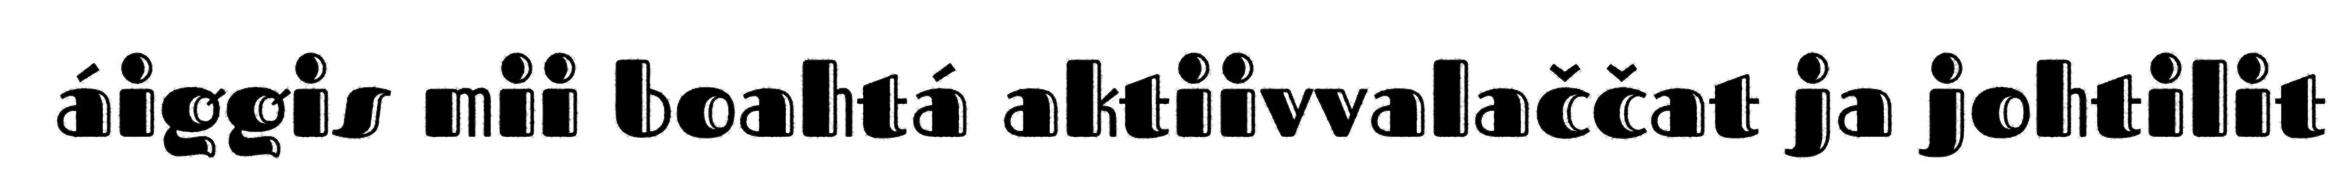
áiggis mii boahtá aktiivvalaččat ja johtilit